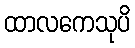
ထာလကေသုပိ